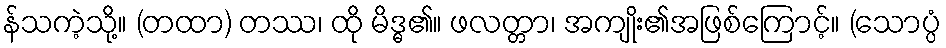
န်သကဲ့သို့။ (တထာ) တဿ၊ ထို မိဒ္ဓ၏။ ဖလတ္တာ၊ အကျိုး၏အဖြစ်ကြောင့်။ (သောပ္ပံ